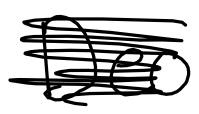
Text: Deo
Cross-out: scratch
Writing tool: digital_black